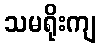
သမရိုးကျ